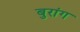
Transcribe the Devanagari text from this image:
बुरांग